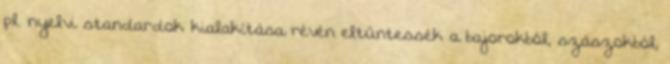
pl. nyelvi standardok kialakítása révén eltűntessék a bajorokból, szászokból,